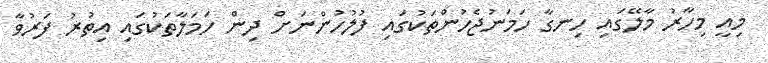
މިއީ މިހާރު މާލޭގައި ހިނގާ ހަމަނުޖެހުންތަކުގައި ފުލުހުންނަށް ދިން ހަމަލާތަކުގައި އިތުރު ފަރުވާ